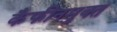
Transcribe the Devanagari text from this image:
कैफीनमुक्त